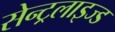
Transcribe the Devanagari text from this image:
सेन्ट्रलाइज्ड